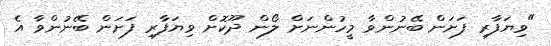
"ވިޔަފާރި ފަށަން ބޭނުންވާ މީހުންނަށް ލޯން ދޫކޮށް ވިޔަފާރި ފަށަން ބޭނުންވާ އެ